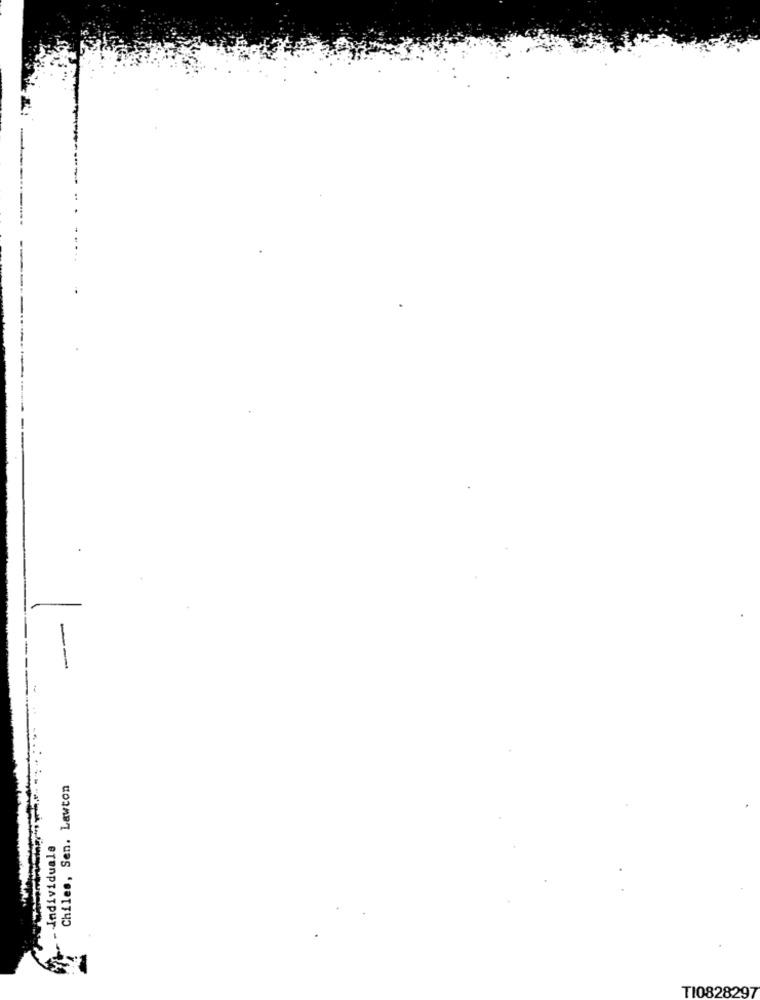
Chiles, Sen. Lawton
Individuals
TI0828297